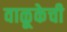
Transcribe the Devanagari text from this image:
वाळूकेची